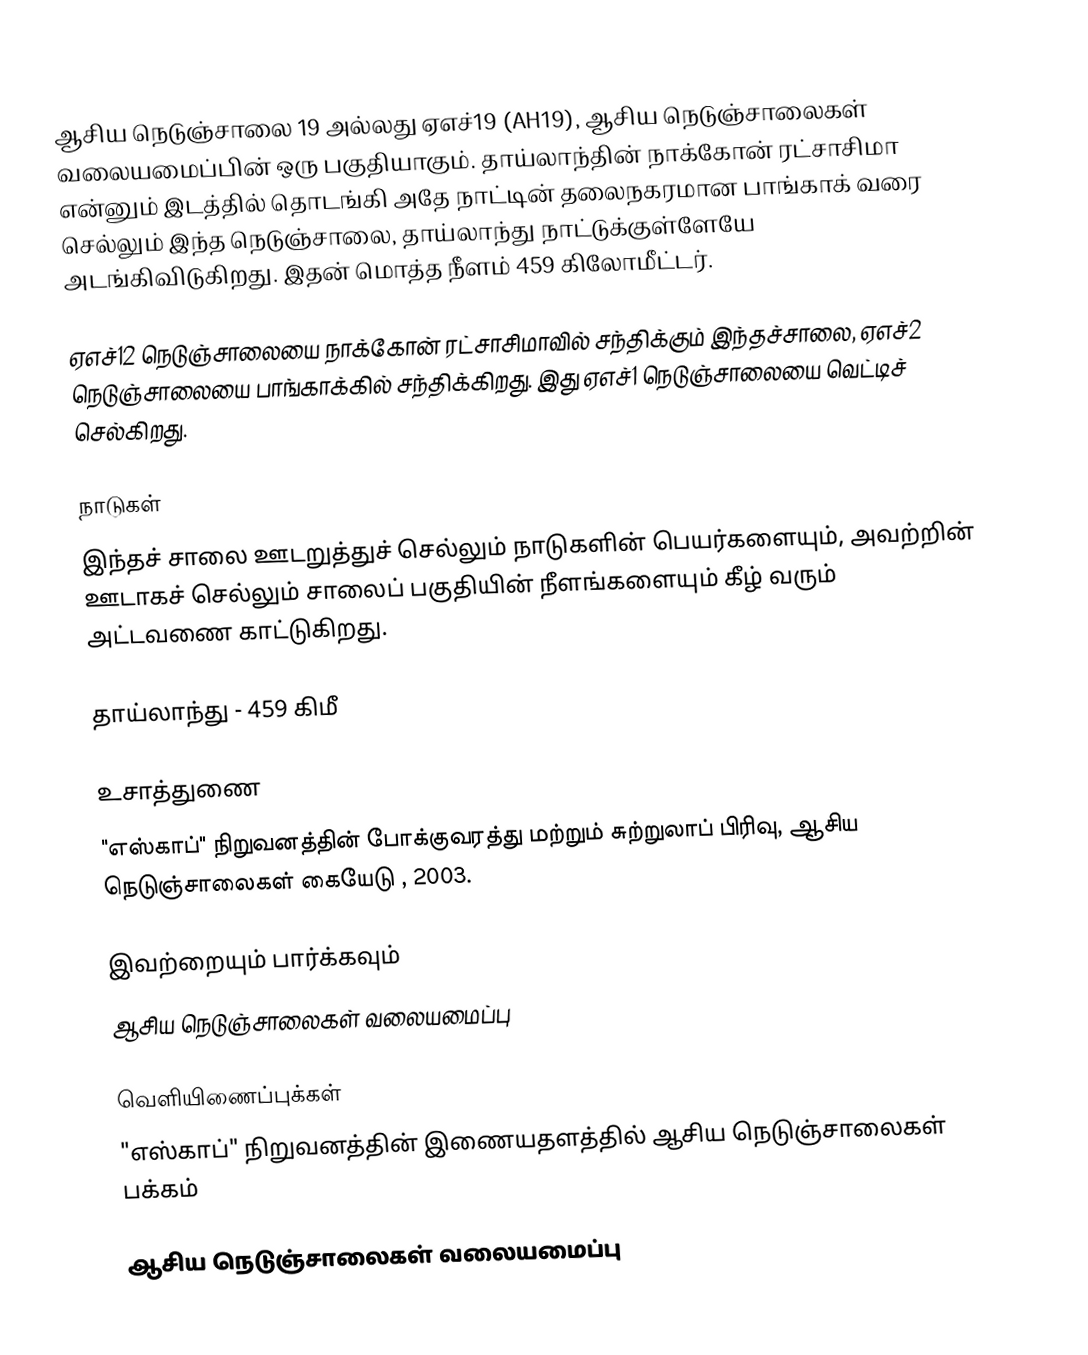
ஆசிய நெடுஞ்சாலை 19 அல்லது ஏஎச்19 (AH19), ஆசிய நெடுஞ்சாலைகள் வலையமைப்பின் ஒரு பகுதியாகும். தாய்லாந்தின் நாக்கோன் ரட்சாசிமா என்னும் இடத்தில் தொடங்கி அதே நாட்டின் தலைநகரமான பாங்காக் வரை செல்லும் இந்த நெடுஞ்சாலை, தாய்லாந்து நாட்டுக்குள்ளேயே அடங்கிவிடுகிறது. இதன் மொத்த நீளம் 459 கிலோமீட்டர்.

ஏஎச்12 நெடுஞ்சாலையை நாக்கோன் ரட்சாசிமாவில் சந்திக்கும் இந்தச்சாலை, ஏஎச்2 நெடுஞ்சாலையை பாங்காக்கில் சந்திக்கிறது. இது ஏஎச்1 நெடுஞ்சாலையை வெட்டிச் செல்கிறது.

நாடுகள்
இந்தச் சாலை ஊடறுத்துச் செல்லும் நாடுகளின் பெயர்களையும், அவற்றின் ஊடாகச் செல்லும் சாலைப் பகுதியின் நீளங்களையும் கீழ் வரும் அட்டவணை காட்டுகிறது.

 தாய்லாந்து - 459 கிமீ

உசாத்துணை
 "எஸ்காப்" நிறுவனத்தின் போக்குவரத்து மற்றும் சுற்றுலாப் பிரிவு, ஆசிய நெடுஞ்சாலைகள் கையேடு , 2003.

இவற்றையும் பார்க்கவும்
 ஆசிய நெடுஞ்சாலைகள் வலையமைப்பு

வெளியிணைப்புக்கள்
 "எஸ்காப்" நிறுவனத்தின் இணையதளத்தில் ஆசிய நெடுஞ்சாலைகள் பக்கம்

 ஆசிய நெடுஞ்சாலைகள் வலையமைப்பு